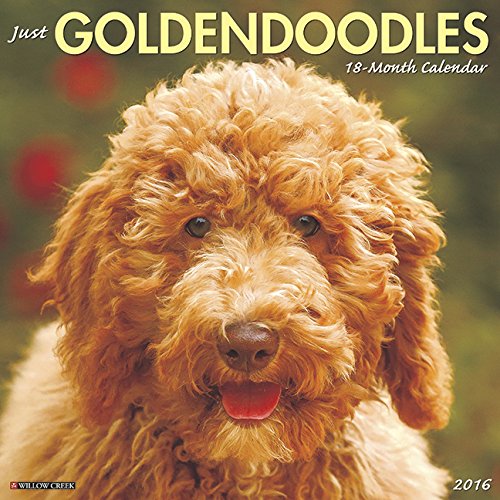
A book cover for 2016 Just Goldendoodles Wall Calendar; Willow Creek Press; Calendars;